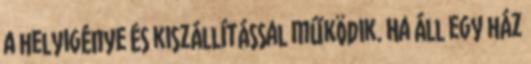
a helyigénye és kiszállítással működik. Ha áll egy ház